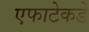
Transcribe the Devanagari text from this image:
एफाटेकडे